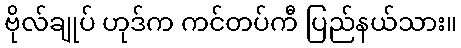
ဗိုလ်ချုပ် ဟုဒ်က ကင်တပ်ကီ ပြည်နယ်သား။